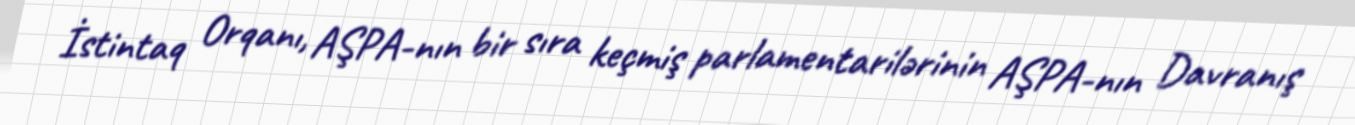
İstintaq Orqanı, AŞPA-nın bir sıra keçmiş parlamentarilərinin AŞPA-nın Davranış